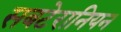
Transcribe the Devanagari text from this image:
सबटेरानियन